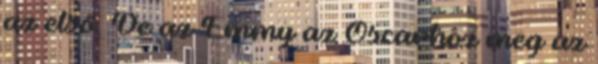
az első. De az Emmy az Oscarhoz meg az